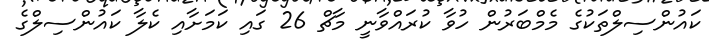
ކައުންސިލްތަކުގެ މެމްބަރުން ހުވާ ކުރައްވާނީ މާޗް 26 ގައި ކަމަށާއި ކެލާ ކައުންސިލްގެ